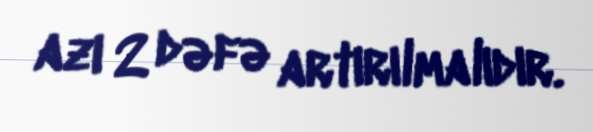
azı 2 dəfə artırılmalıdır.